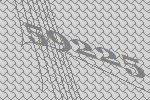
59225